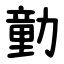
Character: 勭